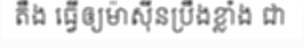
តឹង ធ្វើឲ្យម៉ាស៊ីនប្រឹងខ្លាំង ជា